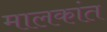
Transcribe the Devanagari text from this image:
मालकांत